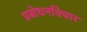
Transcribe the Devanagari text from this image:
प्रबोधनविचार